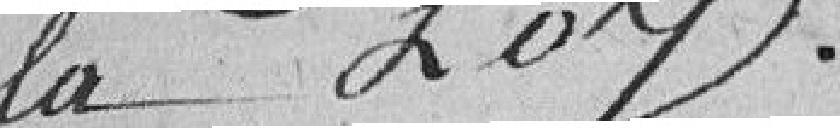
la loi.